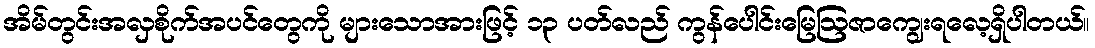
အိမ်တွင်းအလှစိုက်အပင်တွေကို များသောအားဖြင့် ၁၃ ပတ်လည် ကွန်ပေါင်းမြေဩဇာကျွေးရလေ့ရှိပါတယ်။